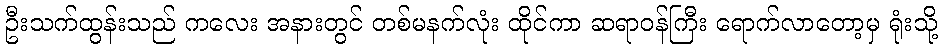
ဦးသက်ထွန်းသည် ကလေး အနားတွင် တစ်မနက်လုံး ထိုင်ကာ ဆရာဝန်ကြီး ရောက်လာတော့မှ ရုံးသို့